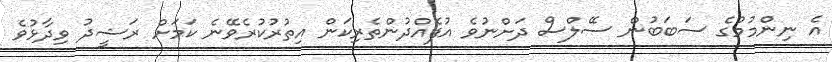
އެ ނިންމުމުގެ ސަބަބުން ސޭލްސް ދަށްނުވެ އުފެއްދުންތެރިކަން އިތުރުކުރެވޭނެ ކަމަށް ރަޝީދު ވިދާޅުވެ